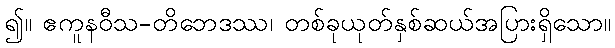
၍။ ဧကူနဝီသ-တိဘေဒဿ၊ တစ်ခုယုတ်နှစ်ဆယ်အပြားရှိသော။